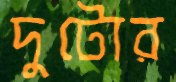
দুটোর